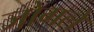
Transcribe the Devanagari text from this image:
जोगले